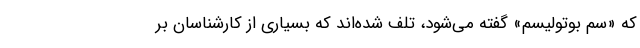
که «سم بوتولیسم» گفته می‌شود، تلف شده‌اند که بسیاری از کارشناسان بر